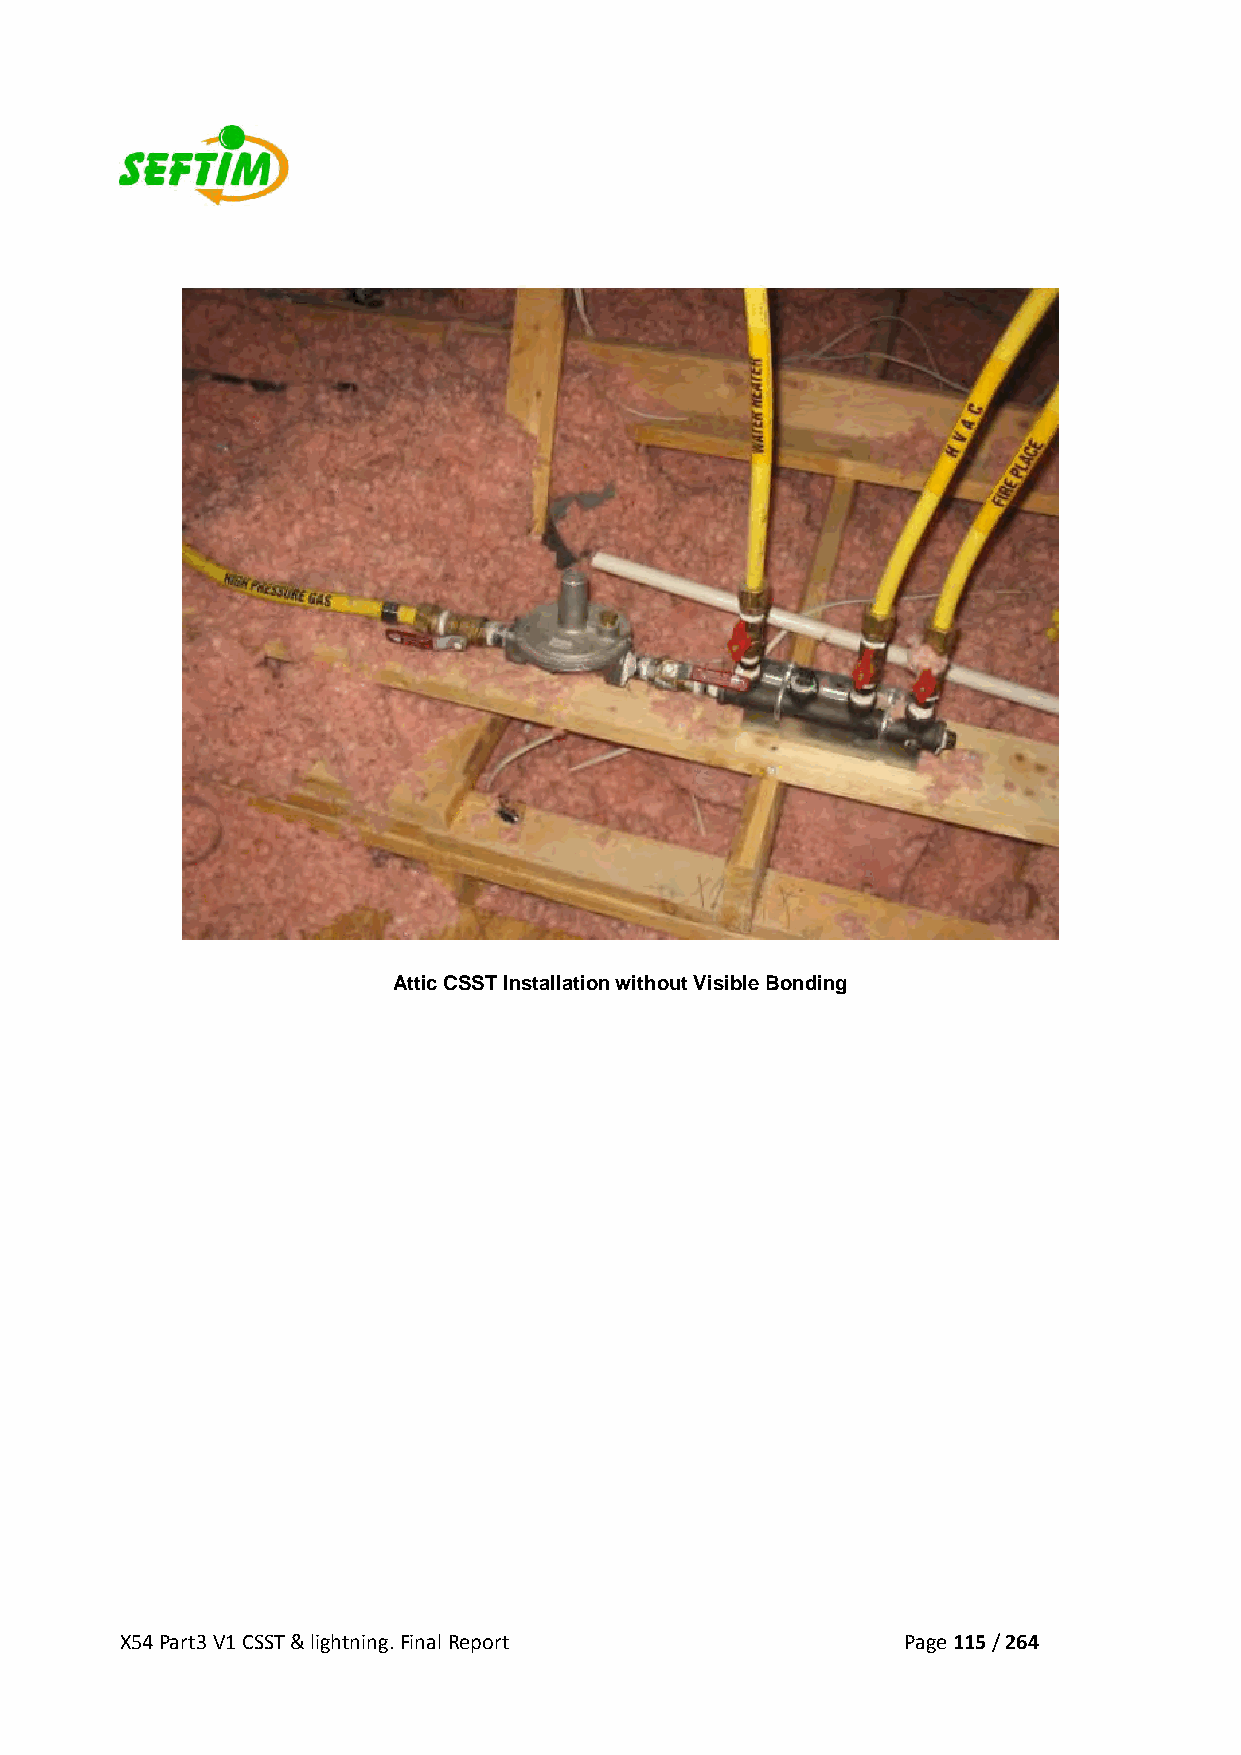
Attic CSST Installation without Visible Bonding
 X54 Part3 V1 CSST & lightning. Final Report         Page 115 / 264